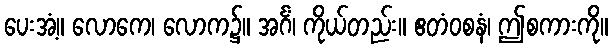
ပေးအံ့။ လောကေ၊ လောက၌။ အင်္ဂံ၊ ကိုယ်တည်း။ ဧတံဝစနံ၊ ဤစကားကို။